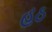
હઠ